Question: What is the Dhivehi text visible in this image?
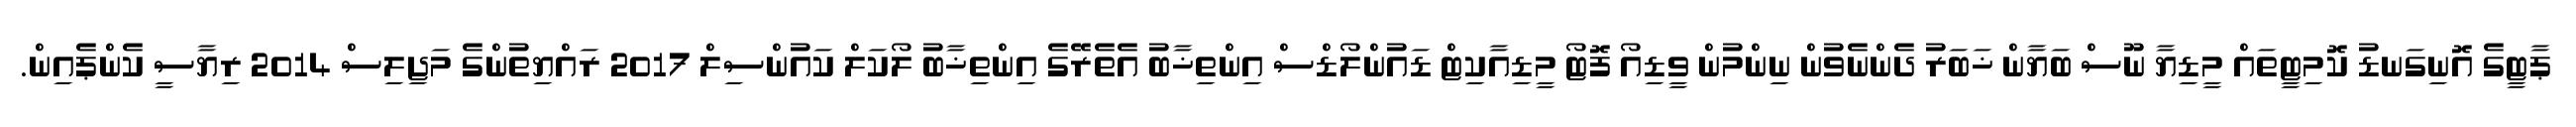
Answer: ޕާޓީގެ އޮނިގަނޑު ކޮމިޓީތައް މީޑިޔާ ނޫސް ބަޔާން ޚަބަރު ދެންނެވުން ނިންމުން ވީޑިއޯ ފޮޓޯ މީޑިއާކިޓް ޑައުންލޯޑްސް އިންތިޚާބު އެތެރޭގެ އިންތިޚާބު ލޯކަލް ކައުންސިލް 2017 ރައްޔިތުންގެ މަޖިލިސް 2014 ރިޔާސީ ކެންޕެއިން.